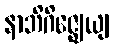
နာဘိဂိဇ္ဈေယျ